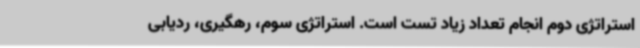
استراتژی دوم انجام تعداد زیاد تست است. استراتژی سوم، رهگیری، ردیابی